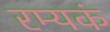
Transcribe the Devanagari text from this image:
रम्यकं